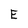
Character: E